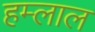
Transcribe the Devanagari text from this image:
हम्लाल